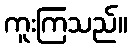
ကူးကြသည်။